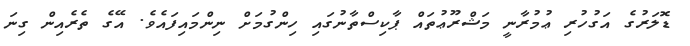
ޑޮލަރުގެ އަގުހުރި ޢުމުރާނީ މަޝްރޫޢުތައް ޕާކިސްތާނުގައި ހިންގުމަށް ނިންމައިފައެވެ. އޭގެ ތެރެއިން ގިނަ